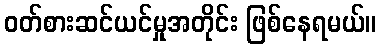
ဝတ်စားဆင်ယင်မှုအတိုင်း ဖြစ်နေရမယ်။